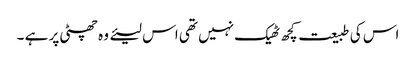
اس کی طبیعت کچھ ٹھیک نہیں تھی اس لیئے وہ چھٹی پر ہے ۔